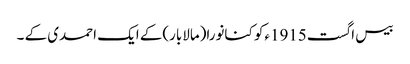
بیس اگست1915ءکو کنانورا(مالابار)کے ایک احمدی کے ۔